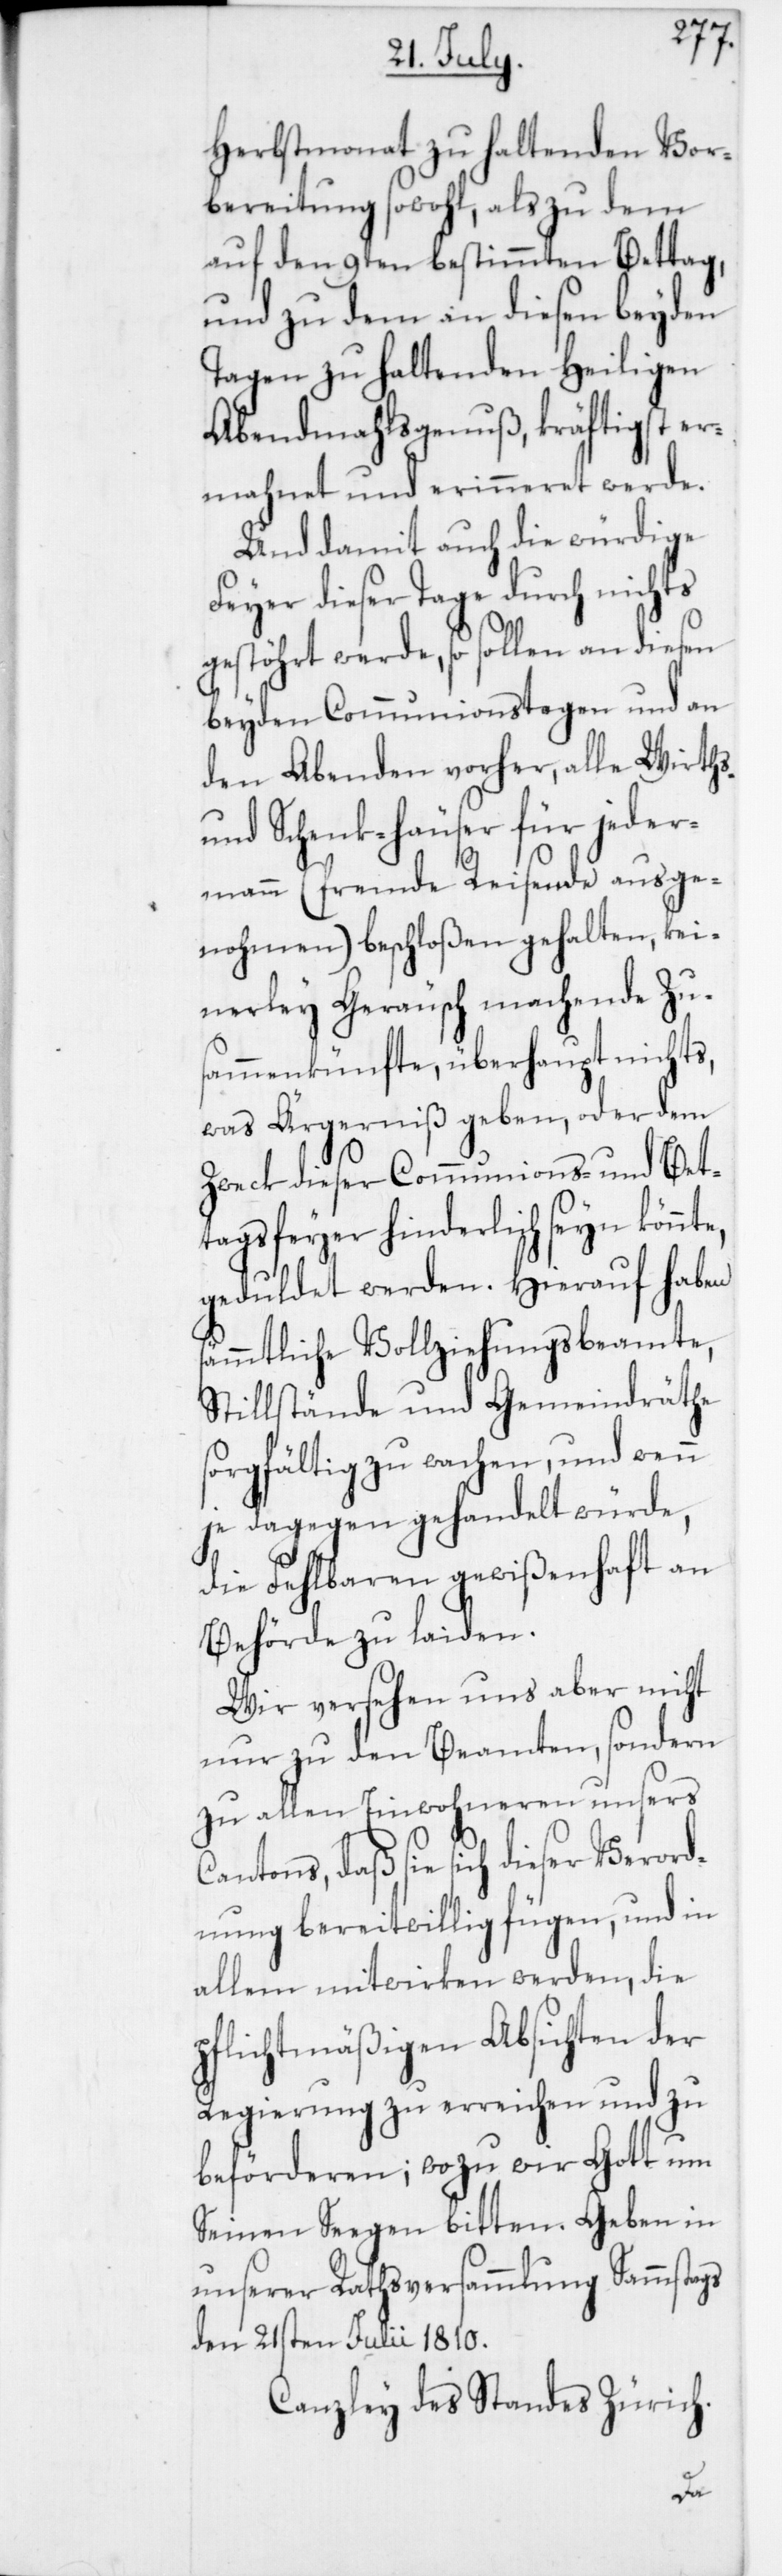
Herbstmonat zu haltenden Vor¬
bereitung sowohl, als zu dem
auf den 9ten bestimmten Bettag,
und zu dem in diesen beyden
Tagen zu haltenden Heiligen
Abendmahlsgenuß, kräftigst er¬
mahnet und erinnert werde.
Und damit auch die würdige
Feyer dieser Tage durch nichts
gestöhrt werde, so sollen an diesen
beyden Communionstagen und an
den Abenden vorher, alle Wirths-
und Schenkhäuser für jeder¬
mann (fremde Reisende ausge¬
nohmen) beschloßen gehalten, kei¬
nerley Geräusch machende Zus¬
ammenkünfte, überhaupt nichts,
was Ärgerniß geben, oder dem
Zweck dieser Communions- und Bet¬
tagsfeyer hinderlich seyn könnte,
geduldet werden. Hierauf haben
sämmtliche Vollziehungsbeamte,
Stillstände und Gemeindräthe
sorgfältig zu wachen, und wenn
je dagegen gehandelt würde,
die Fehlbaren gewißenhaft an
Behörde zu laiden.
Wir versehen uns aber nicht
nur zu den Beamten, sondern
zu allen Einwohneren unsers
Cantons, daß sie sich dieser Verord¬
nung bereitwillig fügen, und in
allem mitwirken werden, die
pflichtmäßigen Absichten der
Regierung zu erreichen und zu
beförderen; wozu wir Gott um
Seinen Seegen bitten.
unserer Rathsversammlung Sammstags
den 21sten Julii 1810.
Canzley des Standes Zürich.